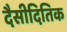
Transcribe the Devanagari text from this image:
दैसीदितिक